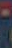
.